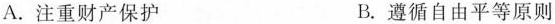
A. 注重财产保护 B. 遵循自由平等原则